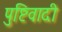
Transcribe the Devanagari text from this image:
पुष्टिवादी